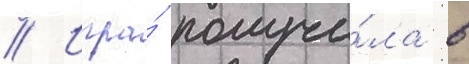
// Игра́ получи́ла в